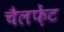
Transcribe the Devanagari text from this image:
चैलफ़ेंट